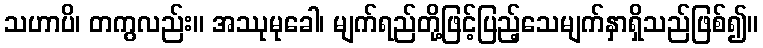
သဟာပိ၊ တကွလည်း။ အဿုမုခေါ၊ မျက်ရည်တို့ဖြင့်ပြည့်သေမျက်နှာရှိသည်ဖြစ်၍။